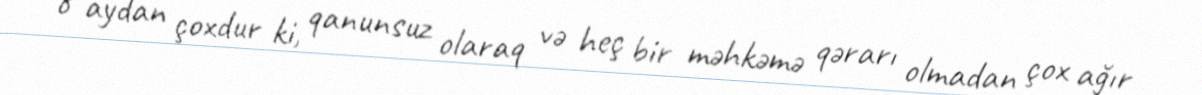
8 aydan çoxdur ki, qanunsuz olaraq və heç bir məhkəmə qərarı olmadan çox ağır